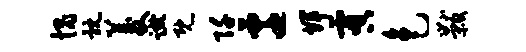
愧耽菱蹴既阡迁辉虞色黻